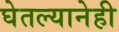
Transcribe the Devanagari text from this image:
घेतल्यानेही